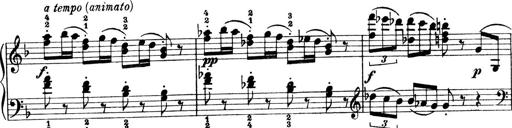
Title: 4 Sonatines
Composer: Max Reger